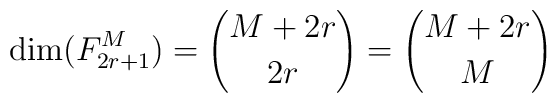
\mbox{dim}(F_{2r+1}^M)={M+2r \choose 2r}={M+2r \choose M}